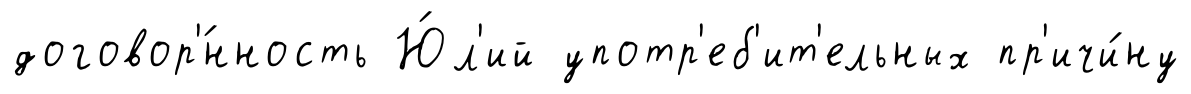
договор'́нность Ю́л'ий употр'еб'ит'ельных пр'ичи́ну